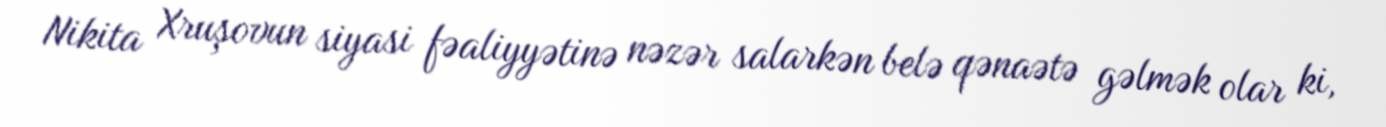
Nikita Xruşovun siyasi fəaliyyətinə nəzər salarkən belə qənaətə gəlmək olar ki,